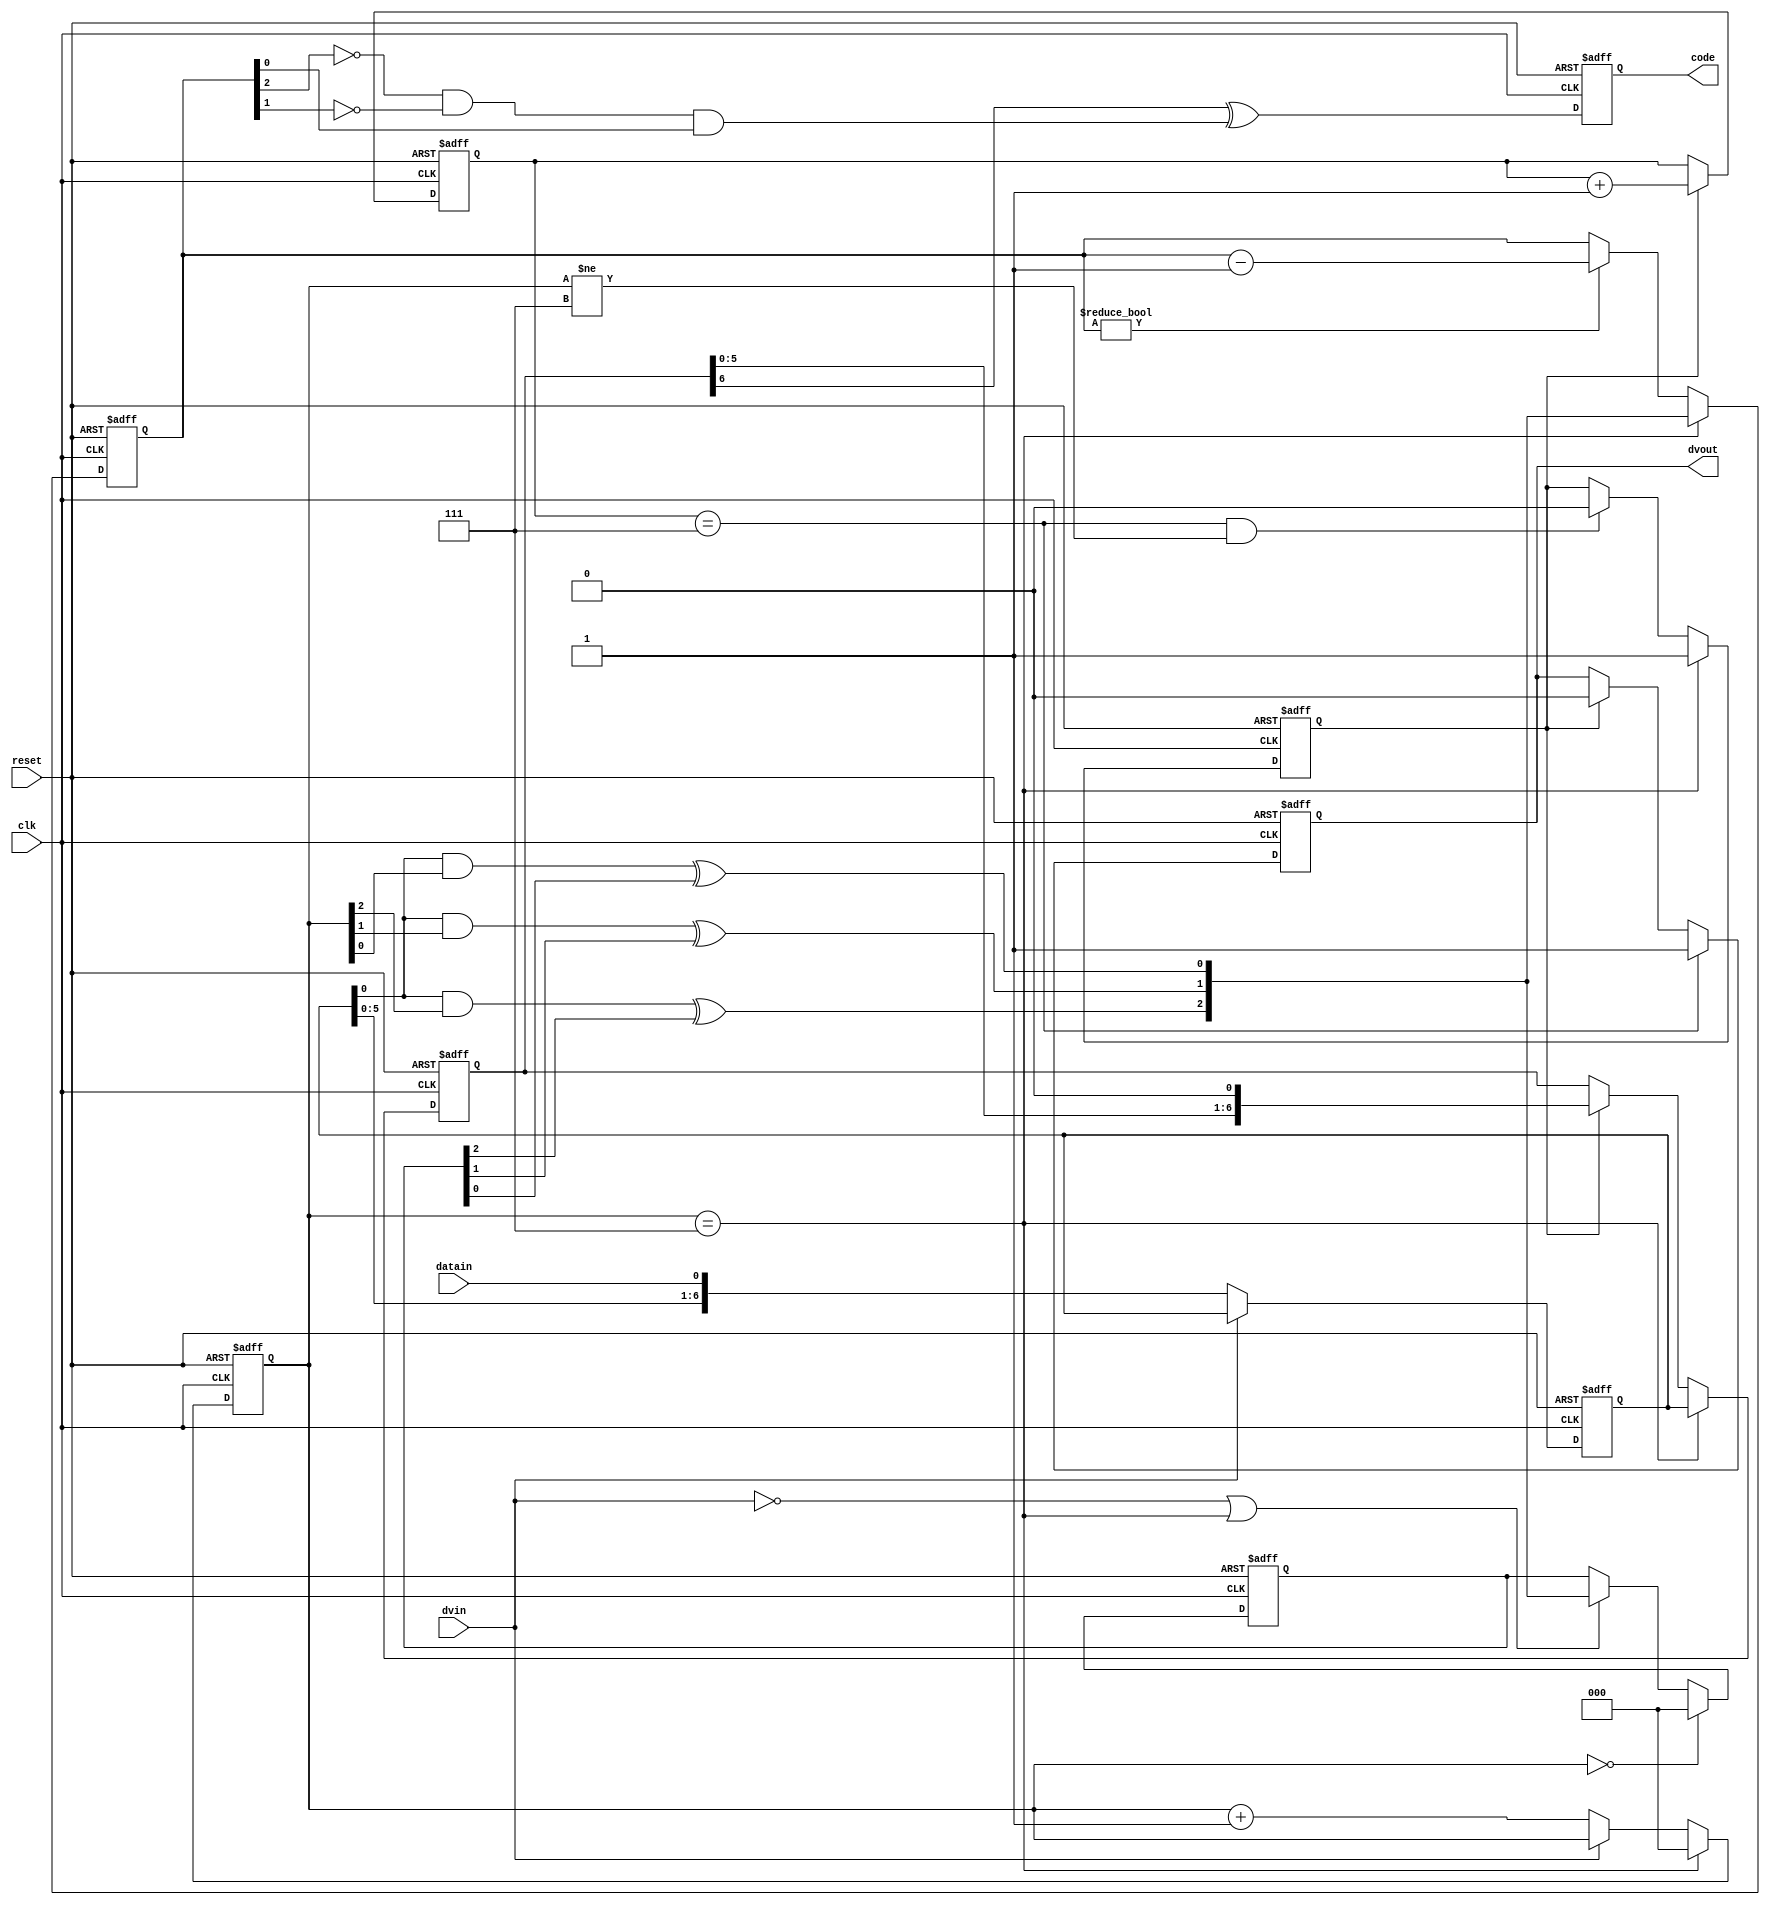
///
module ham_7_4_dec(

clk, 
reset,
datain, 
dvin,
dvout, 
code);

input clk, reset, datain, dvin;
output dvout;
reg dvout;
output code;
reg code;



reg [6:0]
datareg;
reg [6:0]
outdatareg;


reg [2:0] 
cntr,
ocntr, 
scntr;

reg [2:0]
s_;

reg ocntr_en;

wire
and2,
and1,
and0,
xor2,
xor1,
xor0,
err;

assign and2 = datareg[0] & cntr[2];
assign and1 = datareg[0] & cntr[1];
assign and0 = datareg[0] & cntr[0];

assign xor2 = and2 ^ s_[2];
assign xor1 = and1 ^ s_[1];
assign xor0 = and0 ^ s_[0];

assign err = (!scntr[2])&(!scntr[1])&scntr[0];

/////////////////////////////////////////////////


always@(posedge clk or negedge reset)

if (!reset)

s_<=0;

else if (cntr==0)

s_<=0;

else if ( (!dvin)||(cntr==7) )

s_<={xor2,xor1,xor0};

/////////////////////////////////////////////////
always@(posedge clk or negedge reset)

if (!reset)

scntr<=0;

else if (cntr==7)

scntr<={xor2, xor1, xor0};

else if (scntr!=0)

scntr<=scntr-1;

/////////////////////////////////////////////////

always@(posedge clk or negedge reset)

if (!reset)

cntr<=0;

else if (cntr==7)

cntr<=0;

else if (!dvin)

cntr<=cntr+1;

/////////////////////////////////////////////////

always@(posedge clk or negedge reset)

if(!reset)

datareg<=0;

else if (!dvin)

datareg<={datareg[5:0], datain};


/////////////////////////////////////////////////
always@(posedge clk or negedge reset)

if (!reset)

ocntr<=0;

else if (ocntr_en)

ocntr<=ocntr+1;


/////////////////////////////////////////////////
always@(posedge clk or negedge reset)

if (!reset)

ocntr_en<=0;

else if (cntr==7)

ocntr_en<=1;

else if ( (ocntr==7)&&(cntr!=7) )

ocntr_en<=0;

/////////////////////////////////////////////////

always@(posedge clk or negedge reset)

if (!reset)

dvout<=1;

else if (ocntr==7)

dvout<=1;

else if (ocntr_en)

dvout<=0;


/////////////////////////////////////////////////
always@(posedge clk or negedge reset)

if (!reset)

outdatareg<=0;

else if (cntr==7)

outdatareg<=datareg;

else if (ocntr_en)

outdatareg<={outdatareg[5:0],1'b0};

/////////////////////////////////////////////////
always@(posedge clk or negedge reset)

if (!reset)

code<=0;

else

code<=outdatareg[6]^err;

/////////////////////////////////////////////////


endmodule